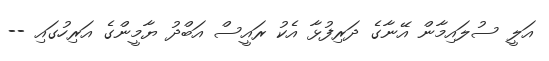
އަލީ ސުލައިމާން އޭނާގެ ދަރިފުޅާ އެކު ރައީސް އަބްދު ޔާމީންގެ އަރިހުގައި --